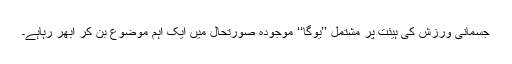
جسمانی ورزش کی ہیئت پر مشتمل ’’یوگا‘‘ موجودہ صورتحال میں ایک اہم موضوع بن کر ابھر رہاہے۔